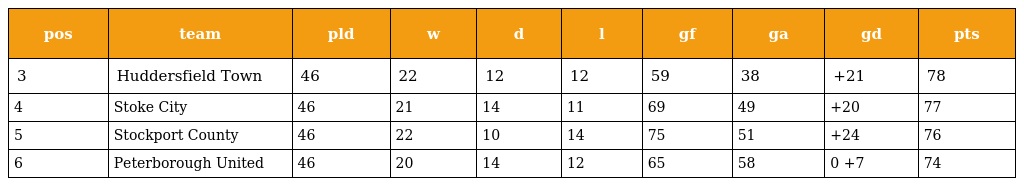
| pos | team | pld | w | d | l | gf | ga | gd | pts |
 | --- | --- | --- | --- | --- | --- | --- | --- | --- | --- |
 | 3 | Huddersfield Town | 46 | 22 | 12 | 12 | 59 | 38 | +21 | 78 |
 | 4 | Stoke City | 46 | 21 | 14 | 11 | 69 | 49 | +20 | 77 |
 | 5 | Stockport County | 46 | 22 | 10 | 14 | 75 | 51 | +24 | 76 |
 | 6 | Peterborough United | 46 | 20 | 14 | 12 | 65 | 58 | 0 +7 | 74 |